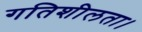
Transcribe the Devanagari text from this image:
गतिशीलता।